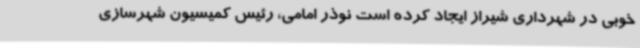
خوبی در شهرداری شیراز ایجاد کرده است نوذر امامی، رئیس کمیسیون شهرسازی